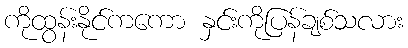
ကိုထွန်းနိုင်ကကော နှင်းကိုပြန်ချစ်သလား